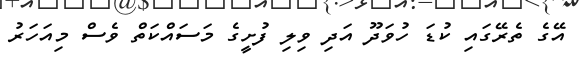
އޭގެ ތެރޭގައި ކުޑަ ހުވަދޫ އަދި ވިލި ފުށީގެ މަސައްކަތް ވެސް މިއަހަރު